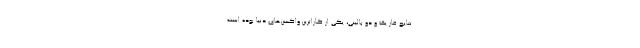
نتایج فاز یک و دو بالینی، یکی از کاراترین واکسن‌های دنیا بوده است